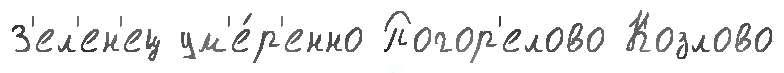
З'ел'ен'ец ум'е́р'енно Погор'елово Козлово